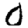
Digit: 0